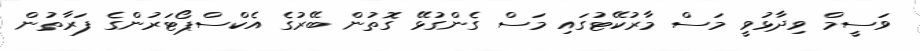
ވަސީމް ވިދާޅުވީ މަސް މާރުކޭޓުގައި މަސް ގެންގުޅޭ ގޮތުން ބޭރުގެ އެކްސްޕޯޓަރުންގެ ފަރާތުން